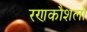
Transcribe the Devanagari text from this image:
रणकौशलों